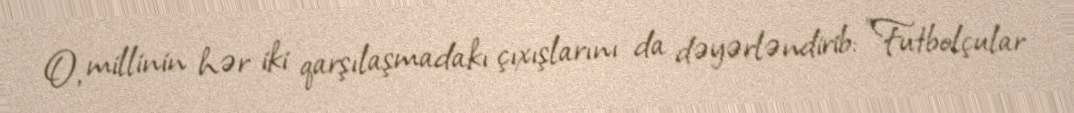
O, millinin hər iki qarşılaşmadakı çıxışlarını da dəyərləndirib: "Futbolçular